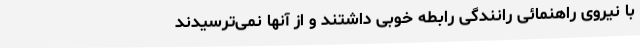
با نیروی راهنمائی رانندگی رابطه خوبی داشتند و از آنها نمی‌ترسیدند